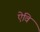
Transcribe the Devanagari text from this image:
ऐवि